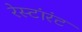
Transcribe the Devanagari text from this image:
रेस्टांरंट